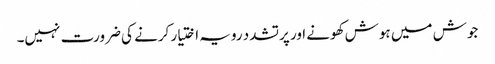
جوش میں ہوش کھونے اور پرتشدد رویہ اختیار کرنے کی ضرورت نہیں۔